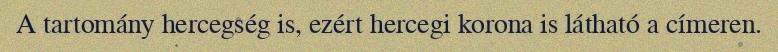
A tartomány hercegség is, ezért hercegi korona is látható a címeren.